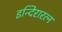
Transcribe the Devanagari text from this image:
इन्दिरारत्न